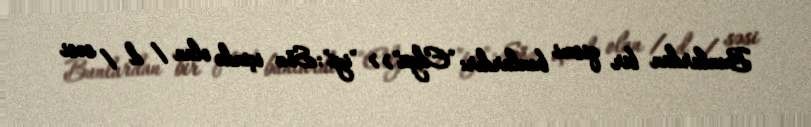
Bunlardan bir qismi bunlardır: "Edgü">> "iyi": Söz içində olan / d / səsi